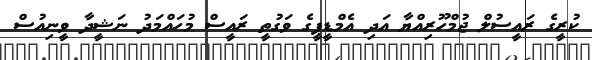
ކުރީގެ ރައީސުލް ޖުމްހޫރިއްޔާ އަދި އެމްޑީޕީގެ ވަގުތީ ރައީސް މުހައްމަދު ނަޝީދާ ވީނިއުސް